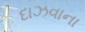
દાઝવાના